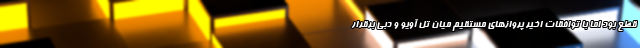
قطع بود اما با توافقات اخیر پروازهای مستقیم میان تل آویو و دبی برقرار